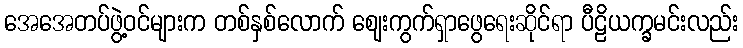
အေအေတပ်ဖွဲ့ဝင်များက တစ်နှစ်လောက် ဈေးကွက်ရှာဖွေရေးဆိုင်ရာ ပီဠိယက္ခမင်းလည်း